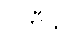
ဂတီသု